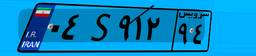
۰۴S۹۱۲۹۴